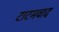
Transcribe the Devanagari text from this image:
टाटमवाद